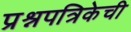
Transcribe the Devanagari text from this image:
प्रश्नपत्रिकेची